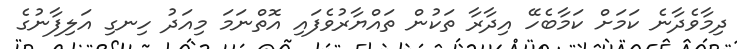
ދިމާވެދާނެ ކަމަށް ކަމާބެހޭ އިދާރާ ތަކުން ތައްޔާރުވެފައި އޮތްނަމަ މިއަދު ހިނގި އަލިފާނުގެ